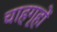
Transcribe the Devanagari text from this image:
चाहगृहों